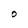
Character: O